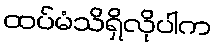
ထပ်မံသိရှိလိုပါက